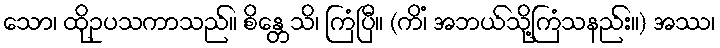
သော၊ ထိုဥပသကာသည်။ စိန္တေသိ၊ ကြံပြီ။ (ကိံ၊ အဘယ်သို့ကြံသနည်း။) အဿ၊